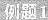
例题1